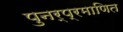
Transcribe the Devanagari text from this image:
पुनर्प्रमाणित